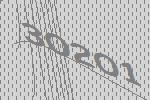
30201